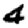
Digit: 4